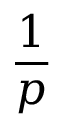
\frac { 1 } { p }